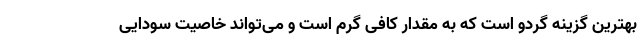
بهترین گزینه گردو است که به مقدار کافی گرم است و می‌تواند خاصیت سودایی